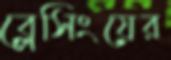
ব্লেসিংয়ের